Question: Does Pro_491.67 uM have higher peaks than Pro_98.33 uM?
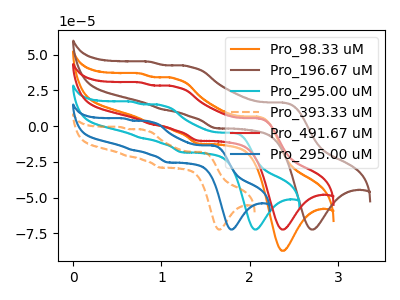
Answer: <think>The orange curve "Pro_98.33 uM" has anodic peaks at (2.10V, 6.55uA) (1.15V, 33.15uA) (0.90V, 1.60uA) (0.75V, 36.80uA) and cathodic peaks at (2.40V, -87.25uA) (1.40V, -12.35uA). The brown curve "Pro_196.67 uM" has anodic peaks at (2.40V, 16.35uA) (1.30V, 41.55uA) (1.00V, 11.70uA) (0.85V, 45.00uA) and cathodic peaks at (2.70V, -72.35uA) (1.60V, -1.50uA). The cyan curve "Pro_295.00 uM" has anodic peaks at (1.80V, -4.75uA) (1.00V, 14.45uA) (0.75V, -8.30uA) (0.65V, 17.10uA) and cathodic peaks at (2.05V, -72.35uA) (1.25V, -18.35uA). The orange dashed curve "Pro_393.33 uM" has anodic peaks at (1.45V, -18.15uA) (0.80V, -2.75uA) (0.60V, -21.00uA) (0.55V, -0.65uA) and cathodic peaks at (1.65V, -72.35uA) (1.00V, -29.05uA). The red curve "Pro_491.67 uM" has anodic peaks at (2.10V, 5.45uA) (1.15V, 27.50uA) (0.90V, 1.35uA) (0.75V, 30.55uA) and cathodic peaks at (2.40V, -72.35uA) (1.40V, -10.25uA). The blue curve "Pro_295.00 uM" has anodic peaks at (1.60V, -13.60uA) (0.85V, 3.05uA) (0.65V, -16.70uA) (0.55V, 5.35uA) and cathodic peaks at (1.80V, -72.35uA) (1.05V, -25.45uA).</think>
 <answer>Every peak in "Pro_491.67 uM" is lower than every peak in "Pro_98.33 uM".</answer>
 <eval>lower</eval>